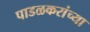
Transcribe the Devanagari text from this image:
पाडळकरांच्या